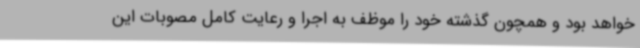
خواهد بود و همچون گذشته خود را موظف به اجرا و رعایت کامل مصوبات این